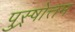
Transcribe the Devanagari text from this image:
पुस्र्षोत्तम